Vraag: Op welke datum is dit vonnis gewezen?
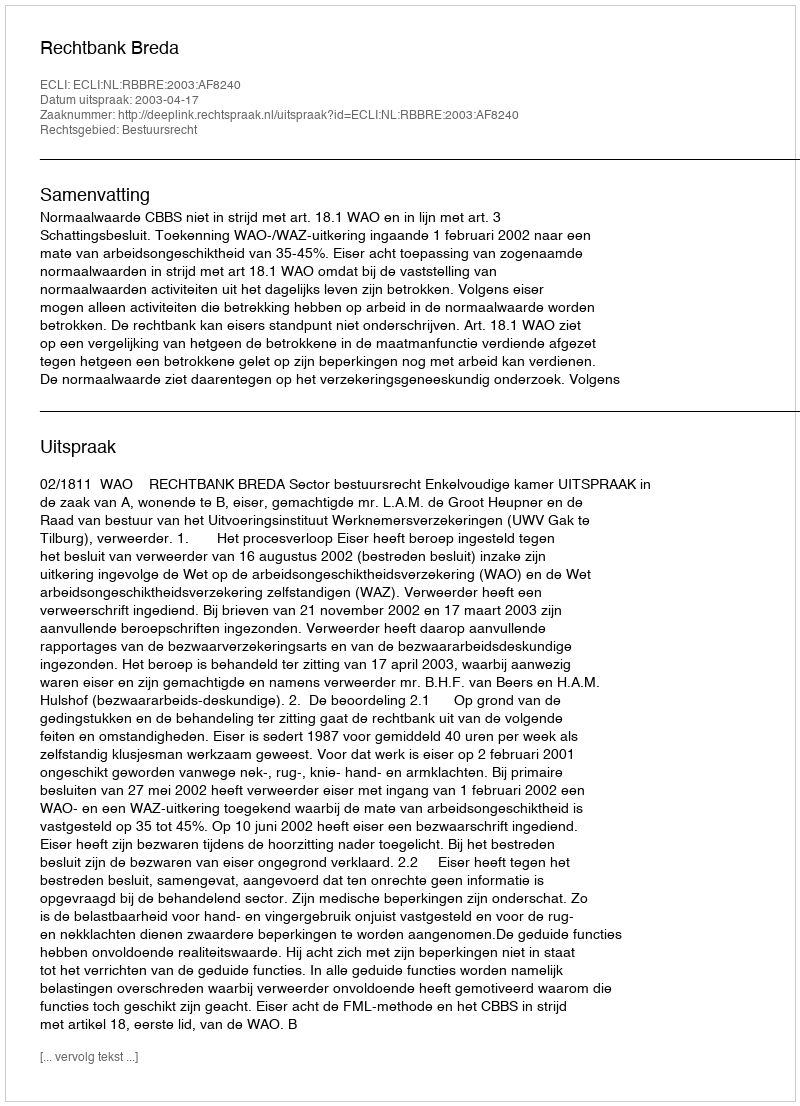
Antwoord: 2003-04-17